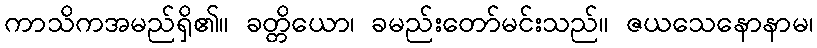
ကာသိကအမည်ရှိ၏။ ခတ္တိယော၊ ခမည်းတော်မင်းသည်။ ဇယသေနောနာမ၊